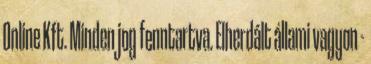
Online Kft. Minden jog fenntartva. Elherdált állami vagyon -